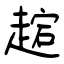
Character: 趤